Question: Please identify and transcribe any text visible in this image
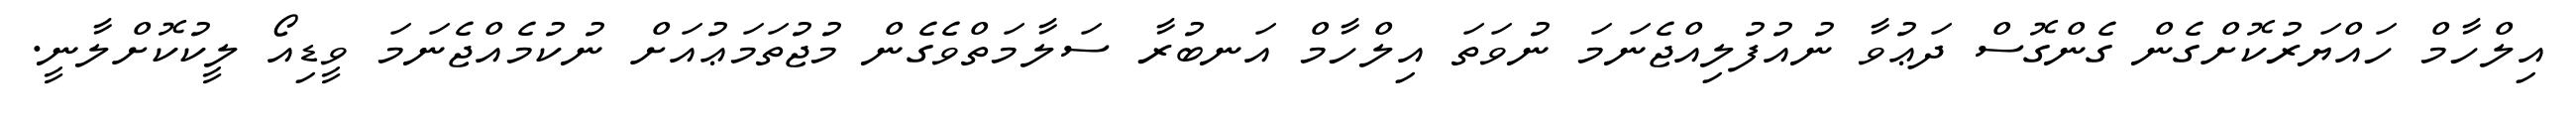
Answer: އިލްހާމް ހައްޔަރުކޮށްގެން ގެންގޮސް ދަޢުވާ ނުއުފުލިއްޖެނަމަ ނުވަތަ އިލްހާމް އަނބުރާ ސަލާމަތްވެގެން މުޖުތަމަޢުއަށް ނުކުމެއްޖެނަމަ ވީޑިއޯ ލީކުކޮށްލާނީ.